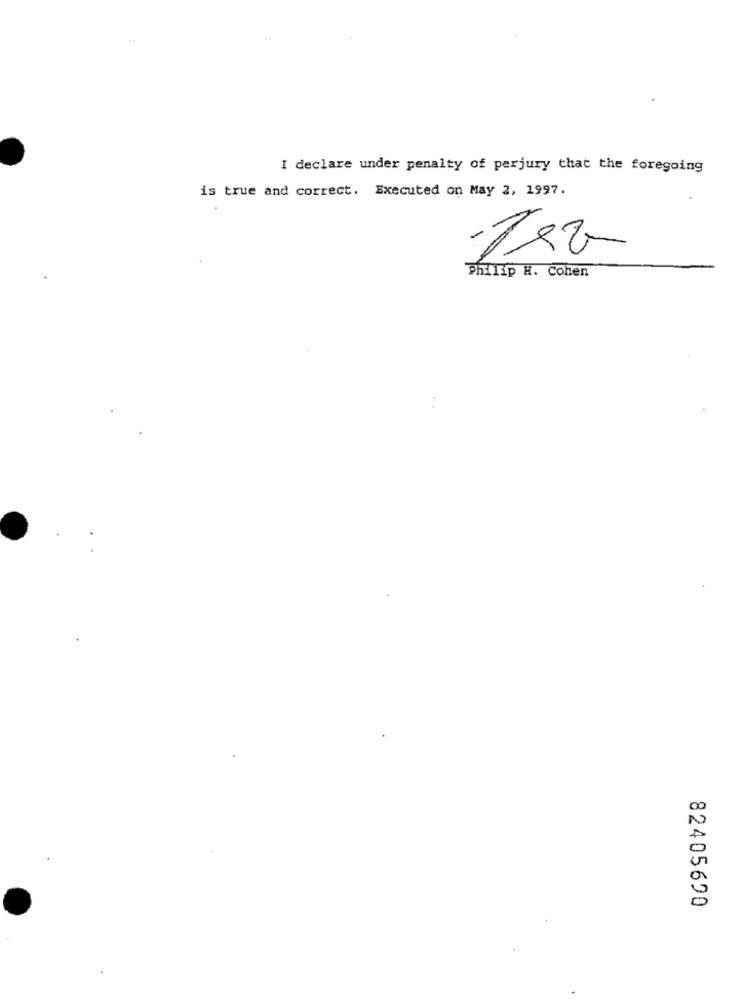
I declare under penalty of perjury that the foregoing
is true and correct. Executed on May 2, 1997.
Philip H. Cohen
82405690